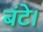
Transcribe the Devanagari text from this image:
बंटे।